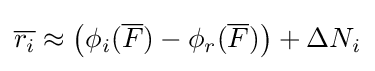
{\overline {r_{i}}}\approx \left(\phi _{i}({\overline {F}})-\phi _{r}({\overline {F}})\right)+\Delta N_{i}